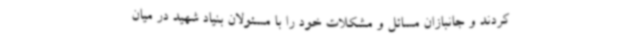
کردند و جانبازان مسائل و مشکلات خود را با مسئولان بنیاد شهید در میان